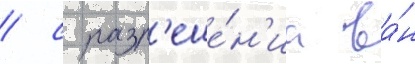
/ с разр'еше́н'иа ва́н